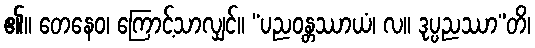
၏။ တေနေဝ၊ ကြောင့်သာလျှင်။ “ပညဝန္တဿာယံ၊ လ။ ဒုပ္ပညဿာ”တိ၊